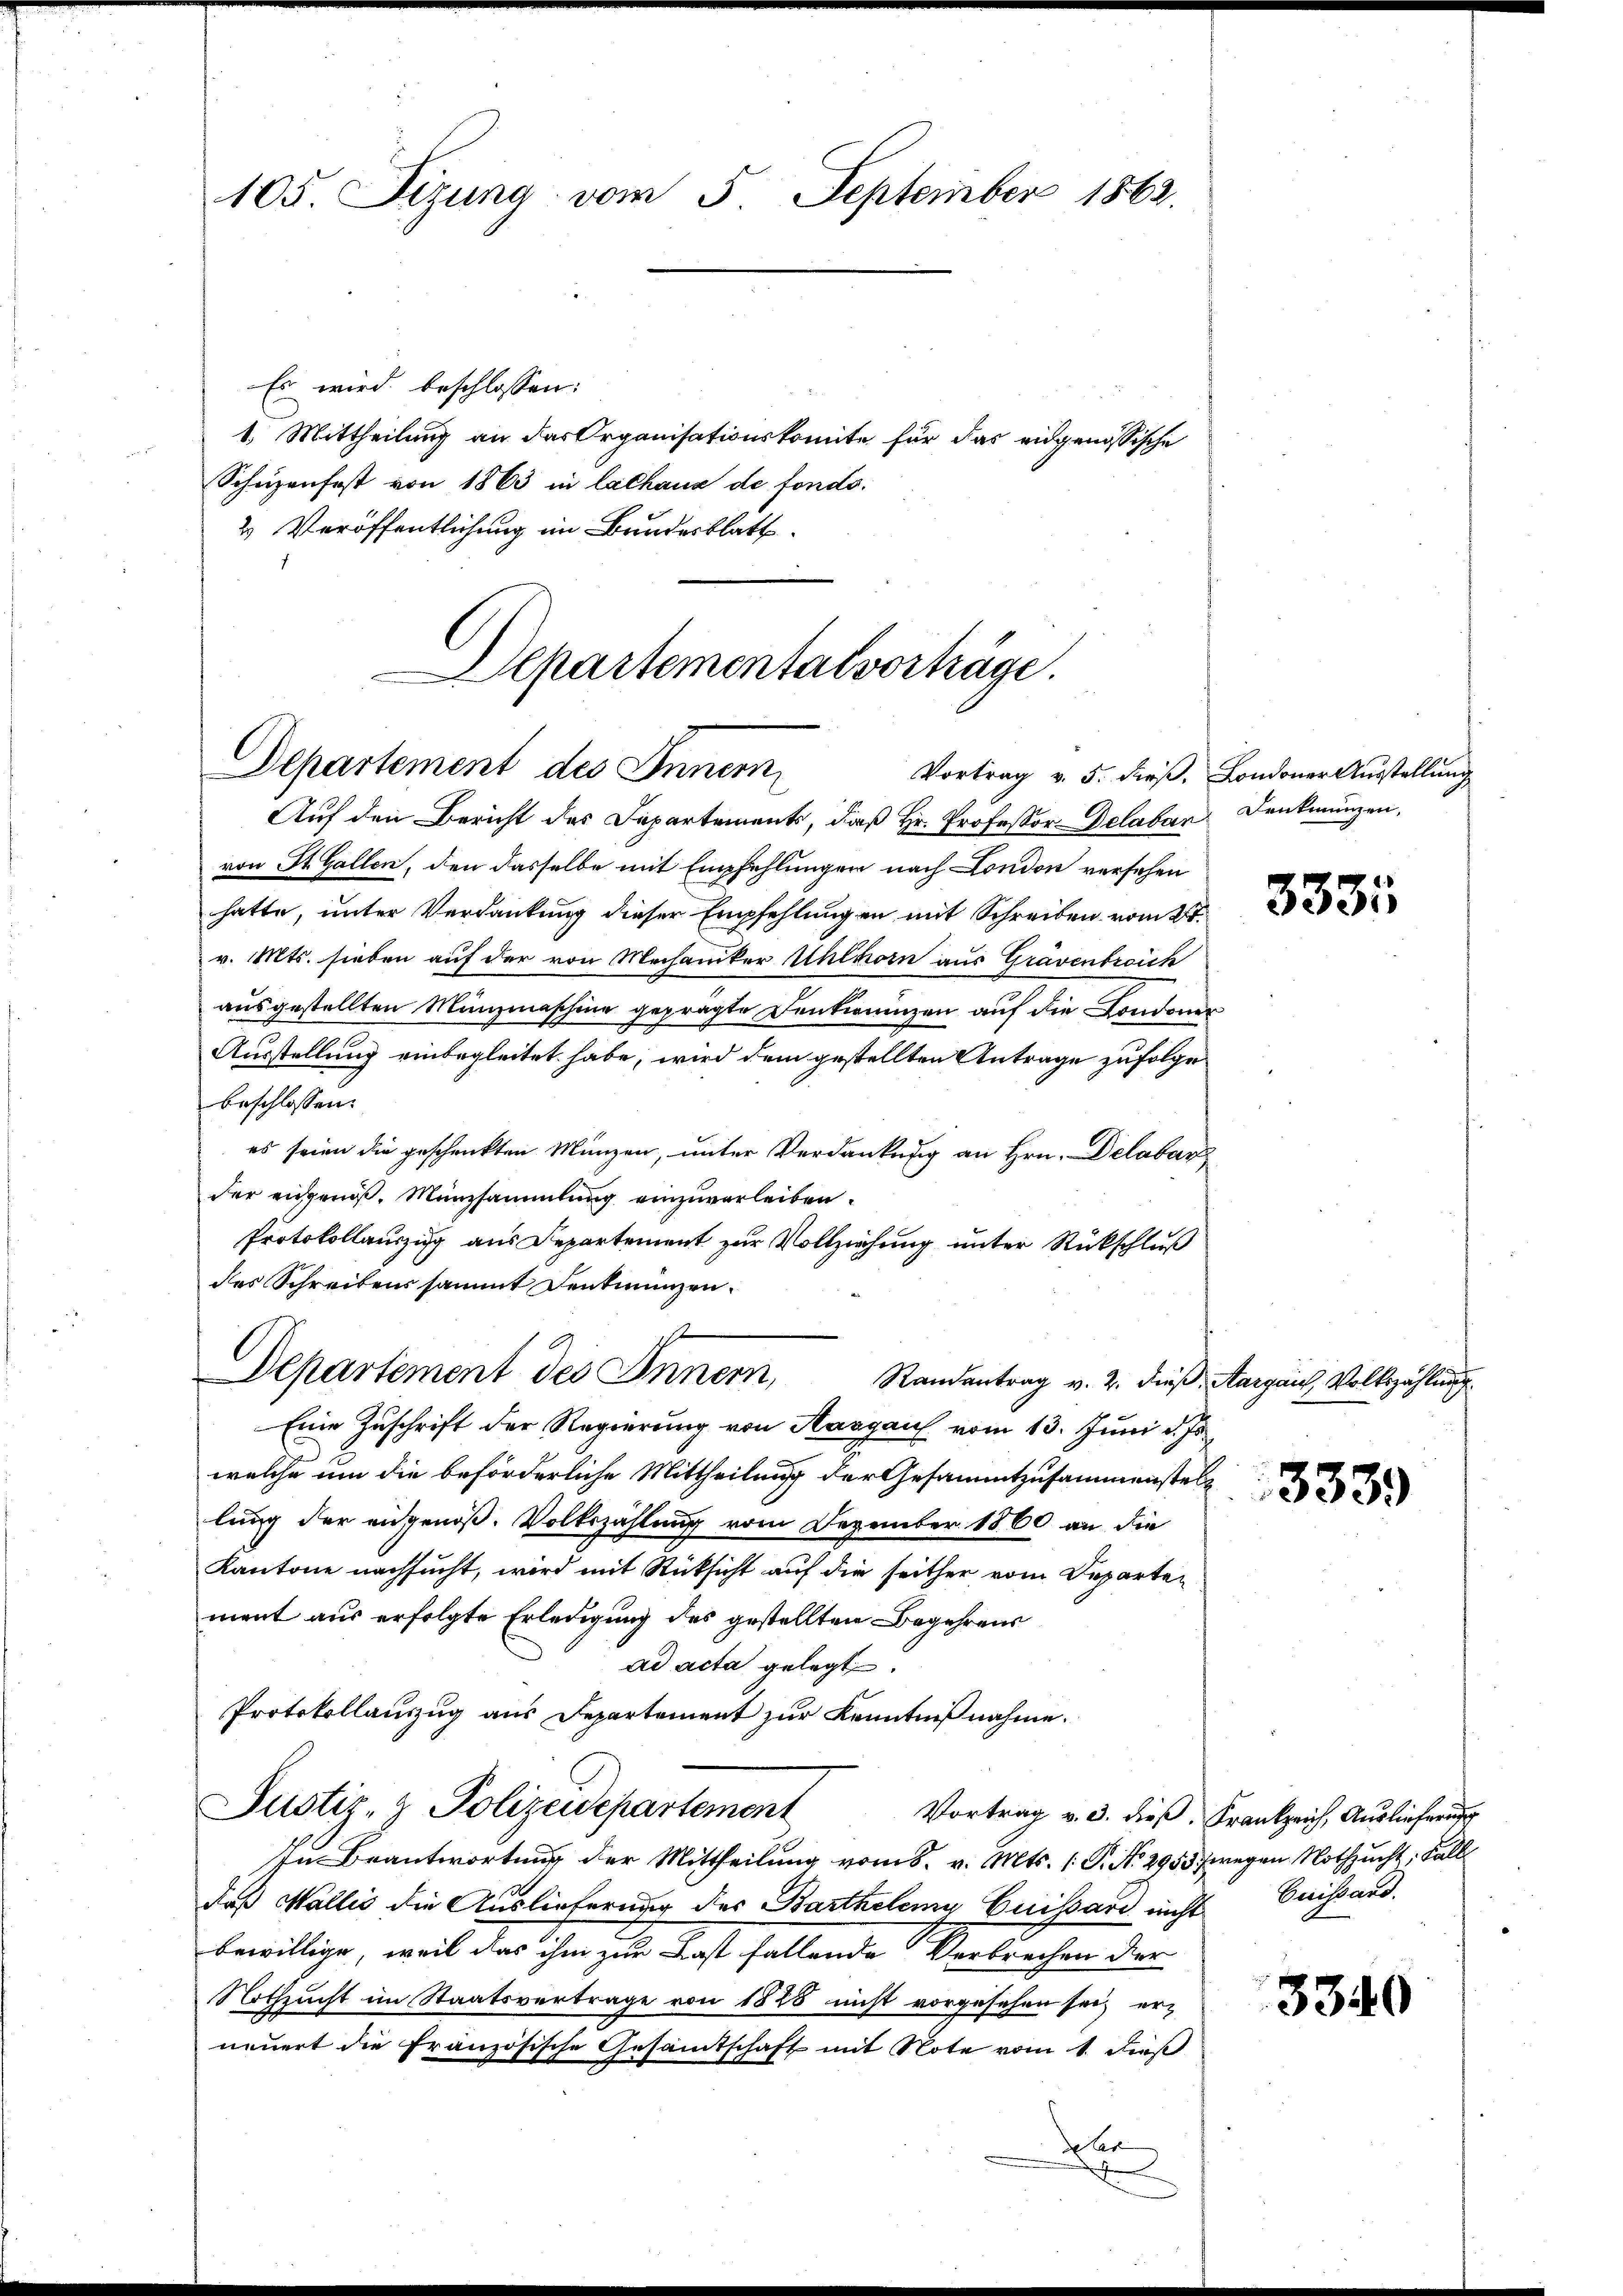
105. Fizung vom 5. September 1862.

Es wird beschlossen:
1. Mittheilung an das Organisationskomite für das eidgenössische
Schüzenfest von 1863 in lalhaus de fondo.
2 Veröffentlichung im Bundesblatt.

Departemental vorträge.
Departement des Innern
Vortrag v. 5. dieß, Londoner Ausstellung

Auf den Bericht des Departements, daß Hr. Professor Delaban Denkmünzen,
von St. Gallen, den dasselbe mit Empfehlungen nach London versehen
hatte, unter Verdankung dieser Empfehlungen mit Schreiben vom 2t.
v. Mts. sieben auf der von Mechaniker Uhlhorn aus Grävenbreich
ausgestellten Mänzmaschine geprägte Denkwuinzen auf die Londoner
Ausstellung einbegleitet habe, wird dem gestellten Antrage zufolge
beschlossen:
es seien die geschenkten Münzen, unter Verdankung an Hrn. Delabar
der eingenoß, Münzsammlung einzuverleiben.
Protokollauszug aus Departement zur Vollziehung unter Rückschluß
des Schreibens sammt Denkmünzen.
Eine Zuschrift der Regierung von Aargau vom 13. Juni d. Js.
welche um die beförderliche Mittheilung der Gesammtzusammenstellung der eidgenoß. Volkszählung vom Dezember 1860 an die
Kantone nachsucht, wird mit Rücksicht auf die seither vom Departement aus erfolgte Erledigung des gestellten Begehrens
ad acta gelegt.
Protokollauszug aus Departement zur Kenntnißnahme.
Justiz- & Polizeidepartement
Vortrag v. 3. dieß. Frankzeich, Auslieferung
In Beantwortung der Mittheilung vom 8. v. Mts. (T. No. 2955 wegen Nothzucht, Fall
daß Wallis die Auslieferung des Barthelena Cuissard nicht Guissard.
bewillige, weil das ihm zur Last fallende Verbrechen der
Nothzucht im Staatsvertrage von 1828 nicht vorgesehen sei, erneuert die französische Gesammtschaft mit Note vom 1. dieß
der
d

s
Departement des Innern Randentrag v. 2. dieβ, Aargais, Volkszählŭng

3333

3339

3340